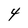
Character: 4